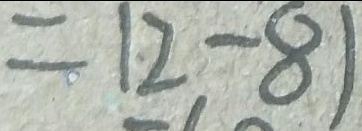
= 1 2 - 8 1